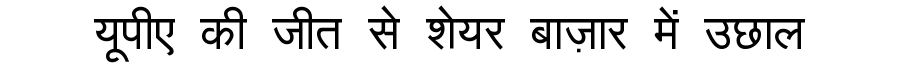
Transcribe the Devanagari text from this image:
यूपीए की जीत से शेयर बाज़ार में उछाल